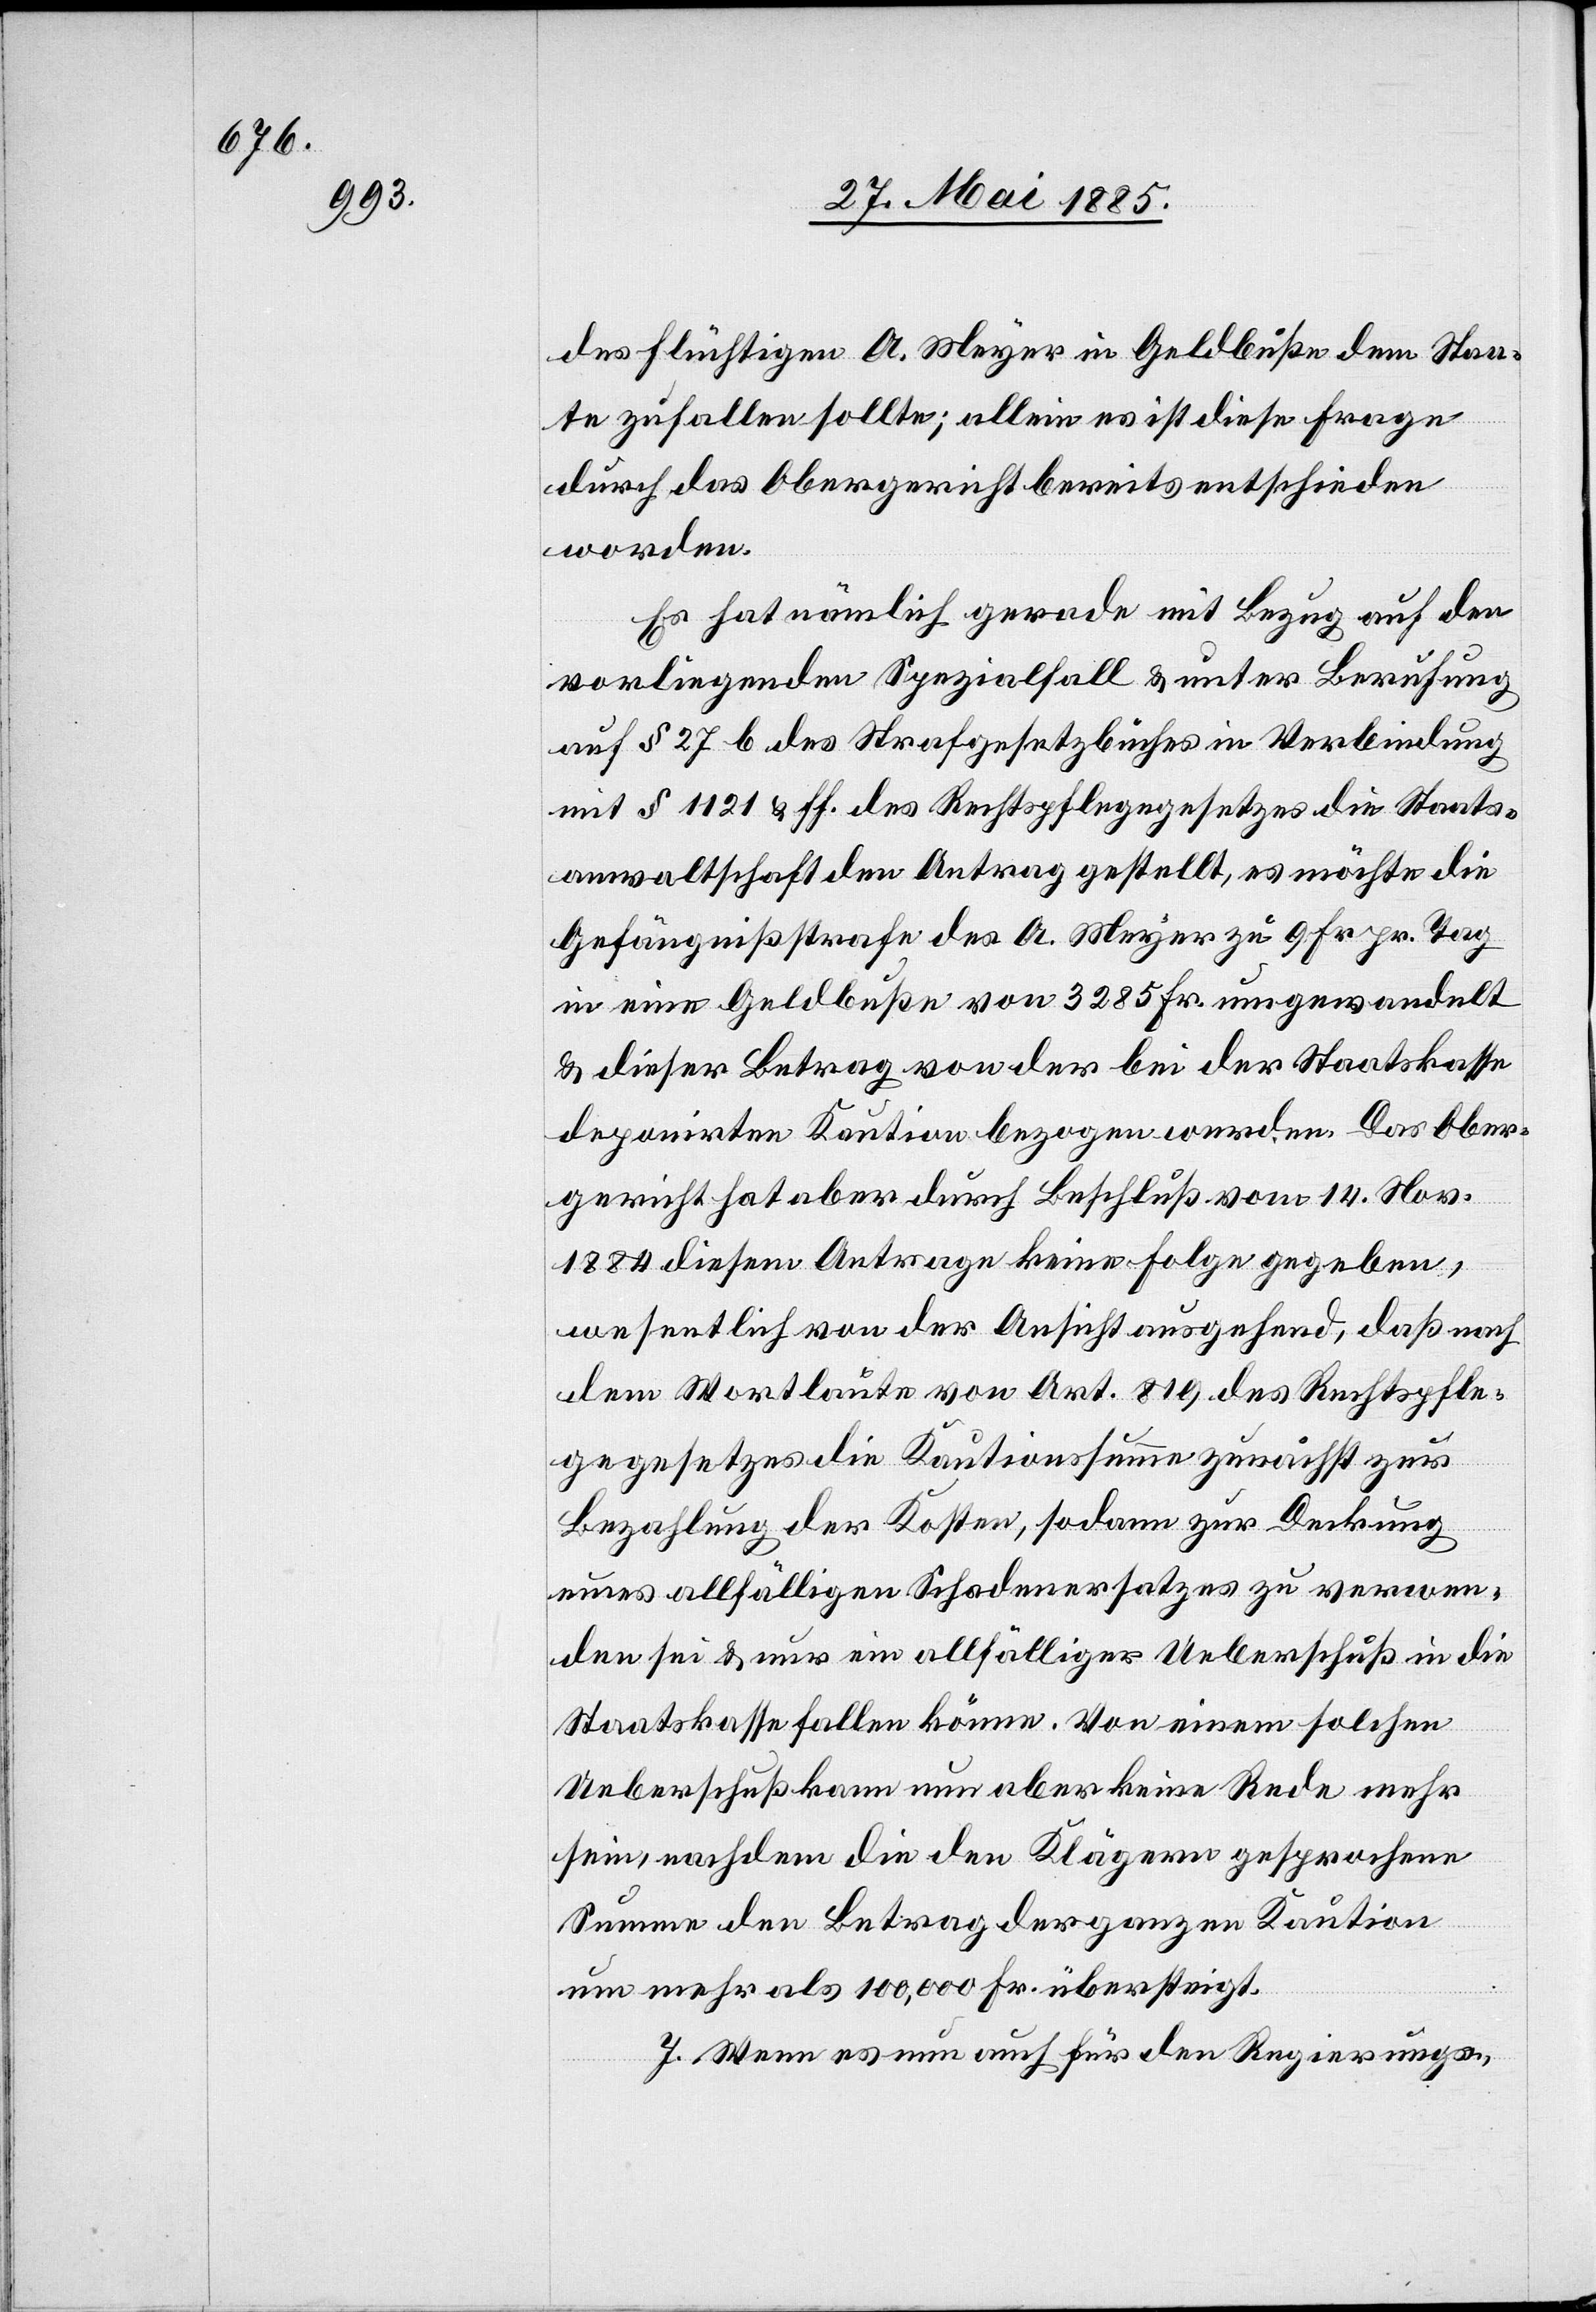
des flüchtigen A. Meyer in Geldbuße dem Staa¬
te zufallen sollte; allein es ist diese Frage
durch das Obergericht bereits entschieden
worden.
Es hat nämlich gerade mit Bezug auf den
vorliegenden Spezialfall & unter Berufung
auf § 27 b des Strafgesetzbuches in Verbindung
mit § 1121 & ff. des Rechtspflegegesetzes die Staats¬
anwaltschaft den Antrag gestellt, es möchte die
Gefängnißstrafe des A. Meyer zu 9 Fr. pr. Tag
in eine Geldbuße von 3285 Fr. umgewandelt
& dieser Betrag von der bei der Staatskasse
deponirten Kaution bezogen werden. Das Ober¬
gericht hat aber durch Beschluß vom 14. Nov.
1884 diesem Antrage keine Folge gegeben,
wesentlich von der Ansicht ausgehend, daß nach
dem Wortlaute von Art. 819 des Rechtspfle¬
gegesetzes die Kautionssumme zunächst zur
Bezahlung der Kosten, sodann zur Deckung
neuen allfälligen Schadenersatzes zu verwen¬
den sei & nur ein allfälliger Ueberschuß in die
Staatskasse fallen könne. Von einem solchen
Ueberschuß kann nun aber keine Rede mehr
sein, nachdem die den Klägern gesprochene
Summe den Betrag der ganzen Kaution
um mehr als 100,000 Fr. übersteigt.
7. Wenn es nun auch für den Regierungs-